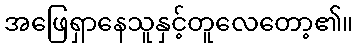
အဖြေရှာနေသူနှင့်တူလေတော့၏။